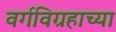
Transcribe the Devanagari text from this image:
वर्गविग्रहाच्या